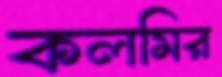
কলমির